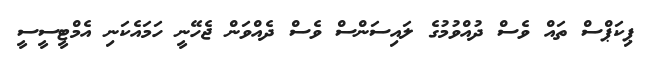
ޕިކަޕްސް ތައް ވެސް ދުއްވުމުގެ ލައިސަންސް ވެސް ދެއްވަން ޖެހޭނީ ހަމައެކަނި އެމްޓީސީސީ